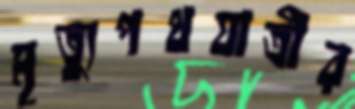
মৃত্যুপথযাত্রীর